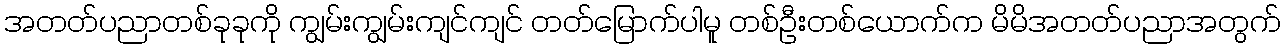
အတတ်ပညာတစ်ခုခုကို ကျွမ်းကျွမ်းကျင်ကျင် တတ်မြောက်ပါမူ တစ်ဦးတစ်ယောက်က မိမိအတတ်ပညာအတွက်